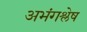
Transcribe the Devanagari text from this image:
अभंगश्लेष